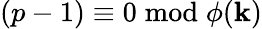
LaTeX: (p-1)\equiv0{\bmod{\phi}}(\mathbf{k})